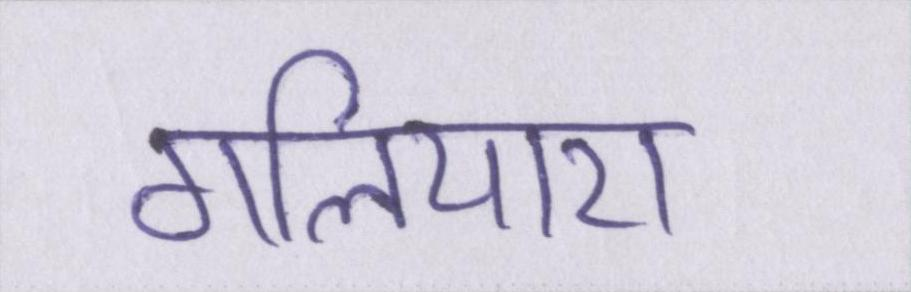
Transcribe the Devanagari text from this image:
गलियारा